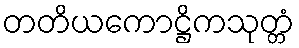
တတိယကောဋ္ဌိကသုတ္တံ